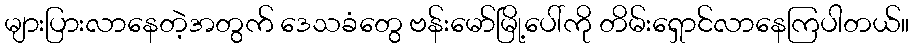
များပြားလာနေတဲ့အတွက် ဒေသခံတွေ ဗန်းမော်မြို့ပေါ်ကို တိမ်းရှောင်လာနေကြပါတယ်။